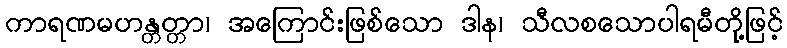
ကာရဏမဟန္တတ္တာ၊ အကြောင်းဖြစ်သော ဒါန၊ သီလစသောပါရမီတို့ဖြင့်